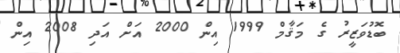
ބޮޑުވަޒީރު ގެ މަޤާމް 1999 އިން 2000 އަށް އަދި 2008 އިން